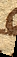
es